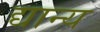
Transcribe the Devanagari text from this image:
द्यान्य